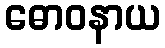
ဓောဝနာယ